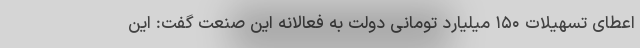
اعطای تسهیلات ۱۵۰ میلیارد تومانی دولت به فعالانه این صنعت گفت: این